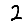
Digit: 2